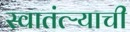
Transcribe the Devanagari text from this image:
स्वातंत्ऱ्याची